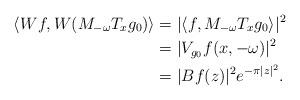
LaTeX: \begin{align*}\langle W f, W(M_{-\omega} T_x g_0) \rangle& = | \langle f, M_{-\omega} T_x g_0 \rangle|^2\\& = |V_{g_0} f(x,-\omega)|^2\\& = |Bf(z)|^2 e^{-\pi|z|^2}.\end{align*}